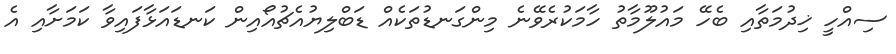
ސިއްހީ ޚިދުމަތާއި ބެހޭ މައުލޫމާތު ހާމަކުރެވޭނެ މިންގަނޑުތަކެއް ޑަބްލިޔުއެޗުއޯއިން ކަނޑައަޅާފައިވާ ކަމަށާއި އެ